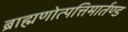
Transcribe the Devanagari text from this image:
ब्राह्मणोत्पत्तिमार्तण्ड